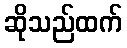
ဆိုသည်ထက်